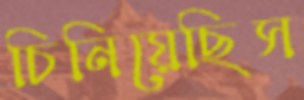
চিনিয়েছিস